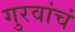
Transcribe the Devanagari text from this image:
गुरवांचं